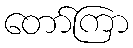
တော်ကြာ